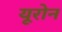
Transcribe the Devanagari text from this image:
यूरोन